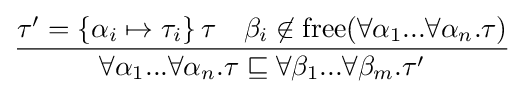
\displaystyle {\frac {\tau '=\left\{\alpha _{i}\mapsto \tau _{i}\right\}\tau \quad \beta _{i}\not \in {\textrm {free}}(\forall \alpha _{1}...\forall \alpha _{n}.\tau )}{\forall \alpha _{1}...\forall \alpha _{n}.\tau \sqsubseteq \forall \beta _{1}...\forall \beta _{m}.\tau '}}